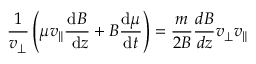
\frac { 1 } { v _ { \perp } } \left( \mu v _ { \| } \frac { \mathrm { d } B } { \mathrm { ~ d } z } + B \frac { \mathrm { d } \mu } { \mathrm { d } t } \right) = \frac { m } { 2 B } \frac { d B } { d z } v _ { \perp } v _ { \| }